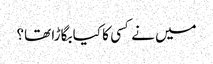
میں نے کسی کا کیا بگاڑا تھا؟